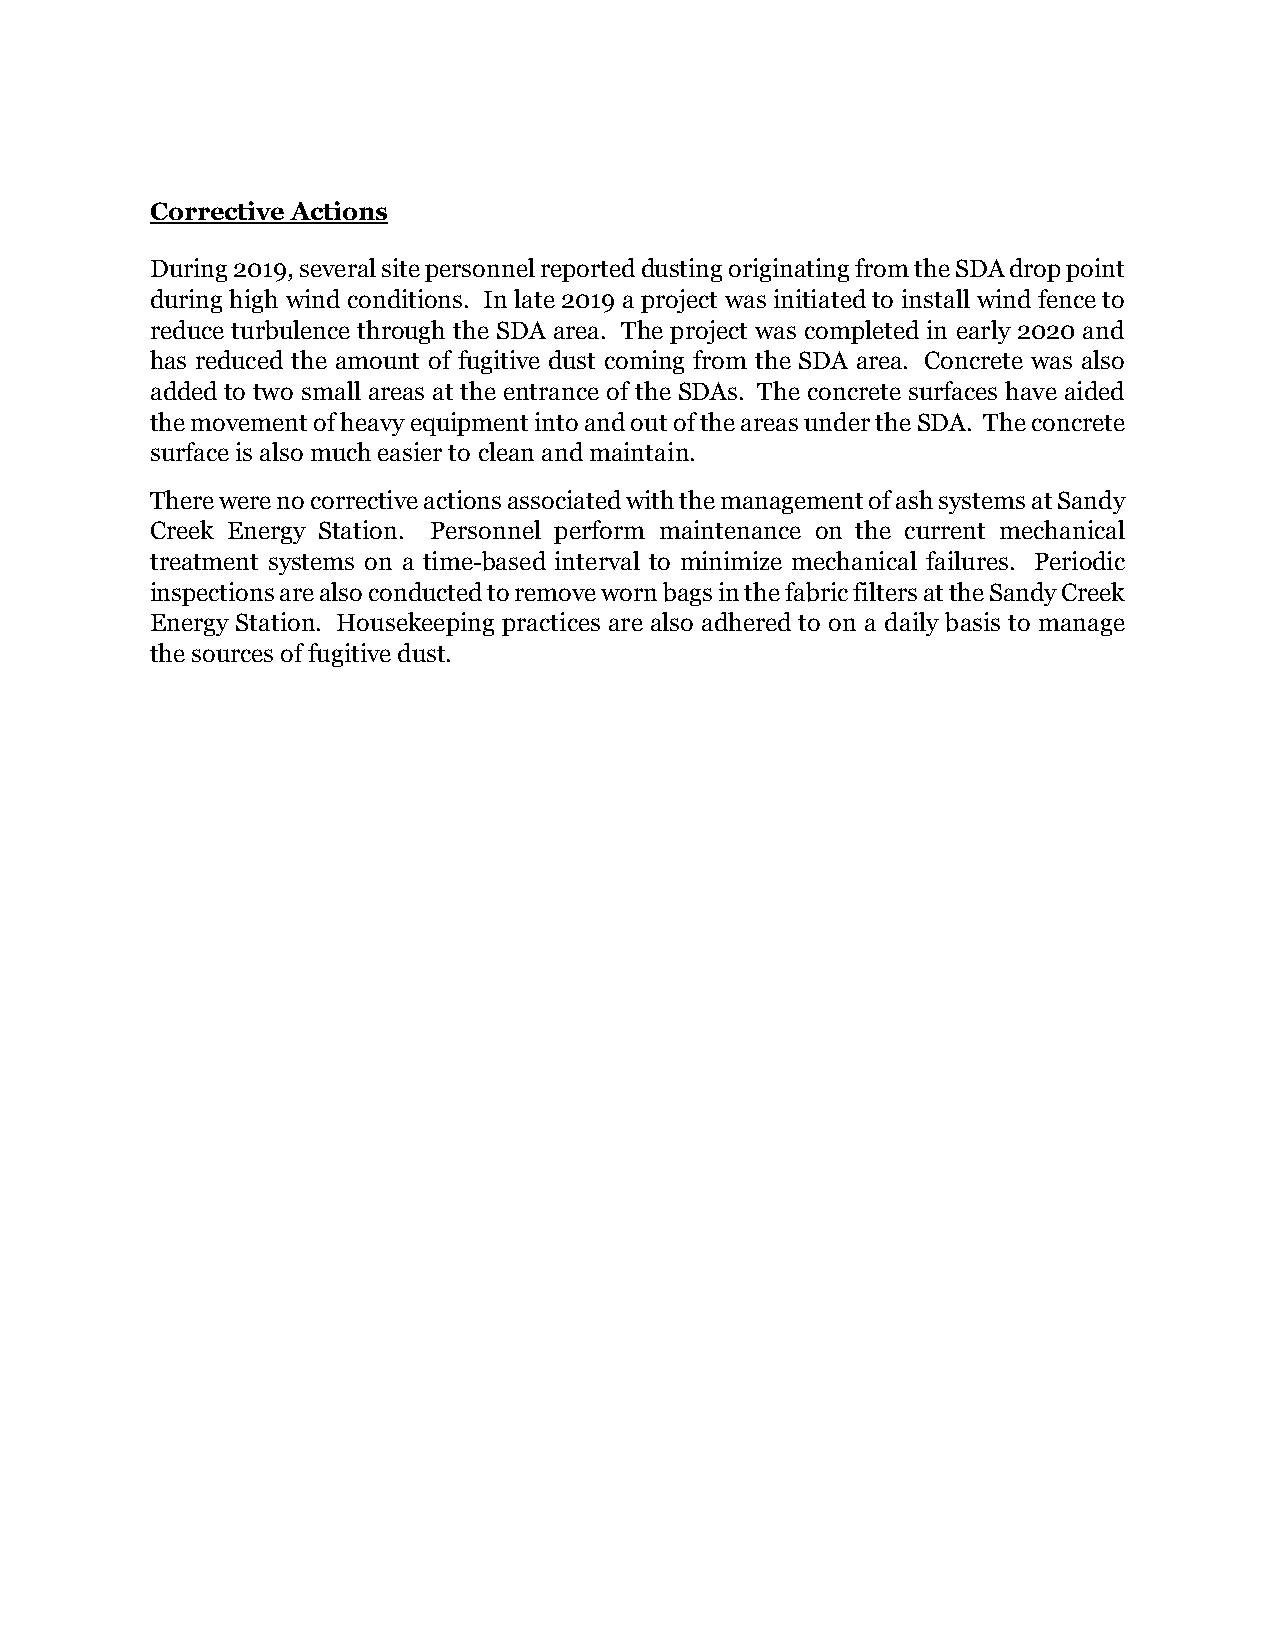
Corrective Actions
 During 2019, several site personnel reported dusting originating from the SDA drop point
 during high wind conditions. In late 2019 a project was initiated to install wind fence to
 reduce turbulence through the SDA area. The project was completed in early 2020 and
 has reduced the amount of fugitive dust coming from the SDA area. Concrete was also
 added to two small areas at the entrance of the SDAs. The concrete surfaces have aided
 the movement of heavy equipment into and out of the areas under the SDA. The concrete
 surface is also much easier to clean and maintain.
 There were no corrective actions associated with the management of ash systems at Sandy
 Creek Energy Station. Personnel perform maintenance on the current mechanical
 treatment systems on a time-based interval to minimize mechanical failures. Periodic
 inspections are also conducted to remove worn bags in the fabric filters at the Sandy Creek
 Energy Station. Housekeeping practices are also adhered to on a daily basis to manage
 the sources of fugitive dust.